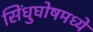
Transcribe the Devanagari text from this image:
सिंधुघोषमध्ये